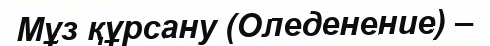
Мұз құрсану (Оледенение) –